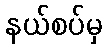
နယ်စပ်မှ